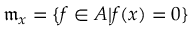
{ \mathfrak { m } } _ { x } = \{ f \in A | f ( x ) = 0 \}